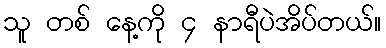
သူ တစ် နေ့ကို ၄ နာရီပဲအိပ်တယ်။